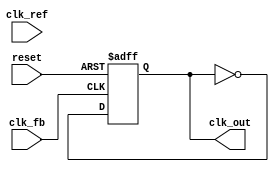
module MemoryBlocksPLL (
    input wire clk_ref,       // Reference clock
    input wire clk_fb,        // Feedback clock
    input wire reset,         // Reset signal
    output wire clk_out       // Output clock
);

// Phase Detector
reg signed [15:0] phase_error;
always @(posedge clk_ref or posedge reset) begin
    if (reset) begin
        phase_error <= 0;
    end else begin
        // Simple phase detection logic (for example using edge detection)
        phase_error <= (clk_ref ? 1 : 0) - (clk_fb ? 1 : 0); // Placeholder logic
    end
end

// Loop Filter (PI Filter)
reg signed [15:0] integrator;
reg signed [15:0] proportional;
parameter Kp = 16'd2; // Proportional gain
parameter Ki = 16'd1; // Integral gain

always @(posedge clk_ref or posedge reset) begin
    if (reset) begin
        integrator <= 0;
        proportional <= 0;
    end else begin
        // Proportional term
        proportional <= Kp * phase_error;

        // Integral term with simple saturation
        integrator <= integrator + Ki * phase_error;
        if (integrator > 16'hFFFF) integrator <= 16'hFFFF;  // Saturation
        if (integrator < 16'h0000) integrator <= 16'h0000;  // Saturation
    end
end

// Voltage-Controlled Oscillator (VCO)
reg [15:0] vco_frequency;
always @(posedge clk_ref or posedge reset) begin
    if (reset) begin
        vco_frequency <= 16'd100; // Initial frequency
    end else begin
        // Adjust frequency based on control voltage
        vco_frequency <= vco_frequency + proportional + integrator; // Simple frequency adjustment
    end
end

// Feedback Mechanism
reg clk_out_reg;
always @(posedge clk_fb or posedge reset) begin
    if (reset) begin
        clk_out_reg <= 0;
    end else begin
        // Generate output clock based on VCO frequency
        // This is a placeholder for actual frequency division or clock generation logic
        clk_out_reg <= ~clk_out_reg; // Toggle output clock (simplification)
    end
end

assign clk_out = clk_out_reg;

// Memory Blocks for phase information
// Simple memory block to store recent phase errors (example)
reg [15:0] phase_memory [0:15]; // Example memory size
integer idx;

always @(posedge clk_ref or posedge reset) begin
    if (reset) begin
        for (idx = 0; idx < 16; idx = idx + 1) begin
            phase_memory[idx] <= 0; // Clear memory on reset
        end
    end else begin
        // Store phase error in memory (simple round-robin or FIFO)
        phase_memory[{idx}] <= phase_error;
        idx <= (idx + 1) % 16; // Increment index circularly
    end
end

endmodule